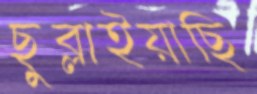
ছুব্‌লাইয়াছি